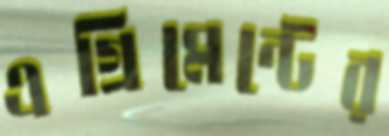
এগ্রিমেন্টের